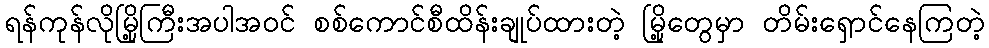
ရန်ကုန်လိုမြို့ကြီးအပါအဝင် စစ်ကောင်စီထိန်းချုပ်ထားတဲ့ မြို့တွေမှာ တိမ်းရှောင်နေကြတဲ့